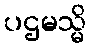
ပဌမသ္မိ